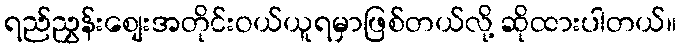
ရည်ညွှန်းစျေးအတိုင်းဝယ်ယူရမှာဖြစ်တယ်လို့ ဆိုထားပါတယ်။